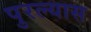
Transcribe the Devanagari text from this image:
पुरल्यास